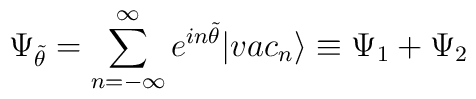
\Psi_{\tilde\theta} =\sum_{n=-\infty}^\infty e^{in\tilde\theta}|vac_n\rangle\equiv \Psi_1 +\Psi_2